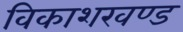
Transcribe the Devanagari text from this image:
विकाशखण्ड